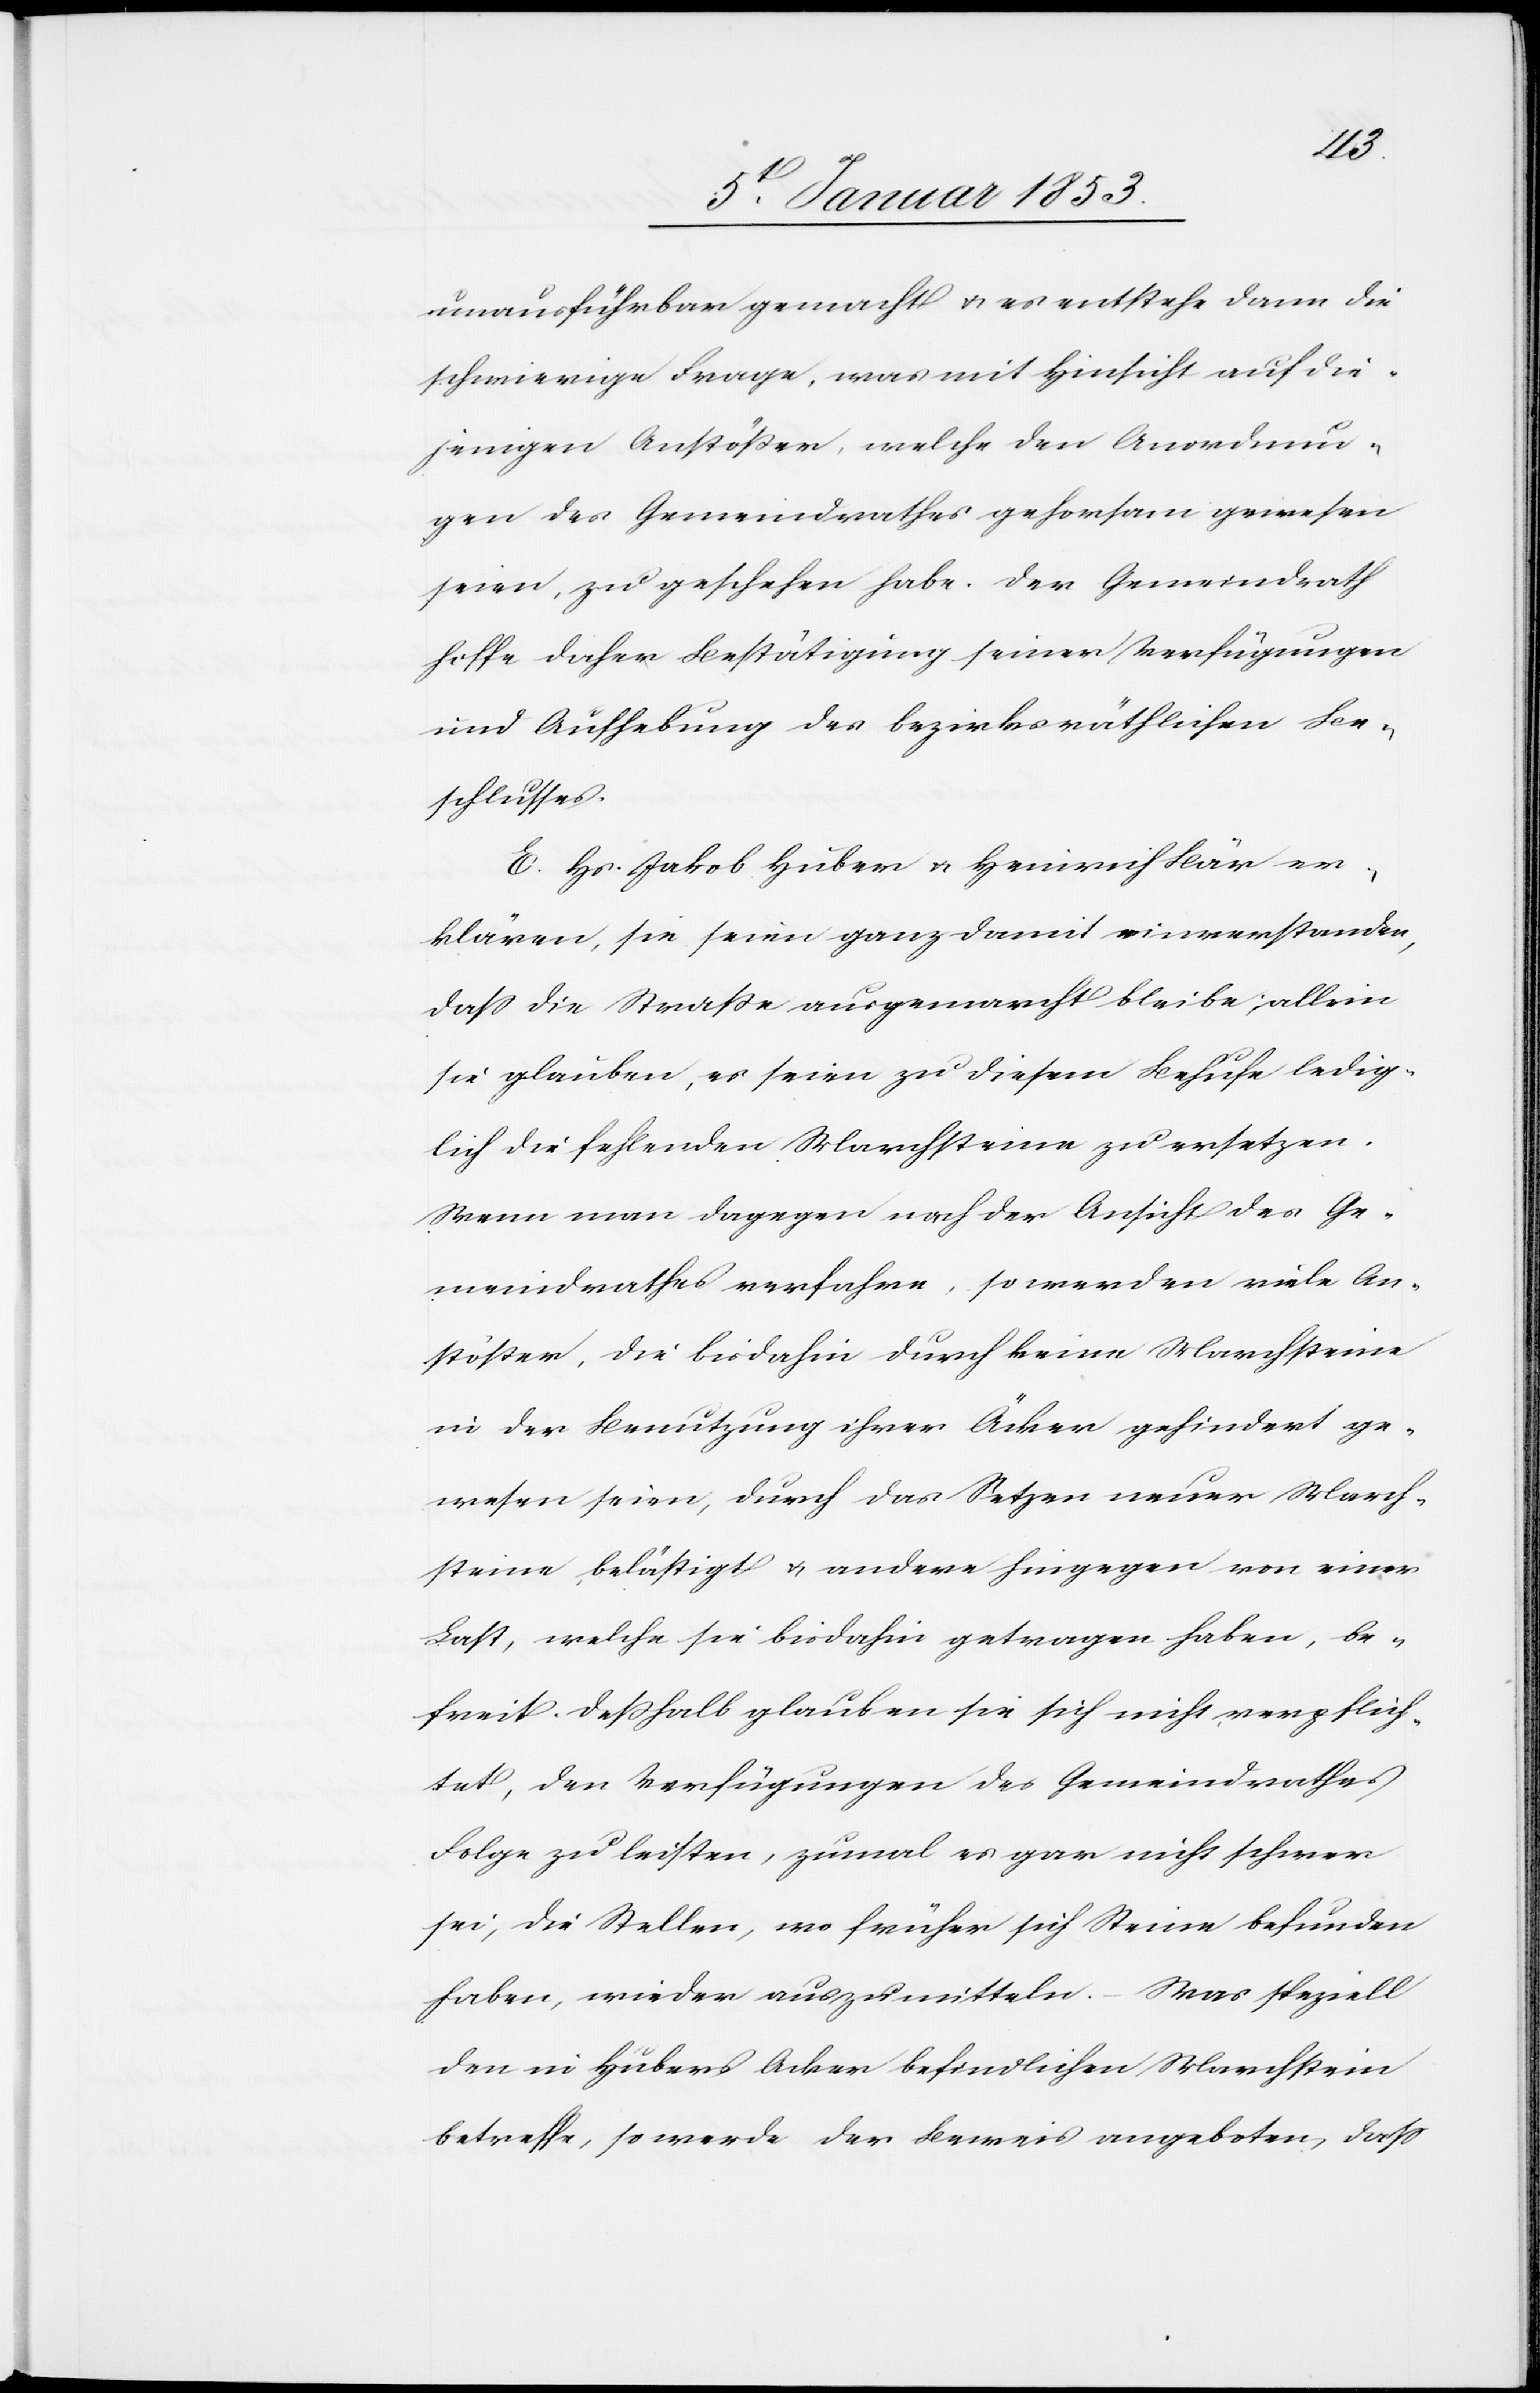
unaufführbar gemacht u. es entstehe dann die
schwierige Frage, was mit Hinsicht auf die¬
jenigen Anstößer, welche den Anordnun¬
gen des Gemeindrathes gehorsam gewesen
seien, zu geschehen habe. Der Gemeindrath
hoffe daher [auf] Bestätigung seiner Verfügungen
und Aufhebung des bezirksräthlichen Be¬
schlusses.
E. Hr. Jakob Huber u. Heinrich Bär er¬
klären, sie seien ganz damit einverstanden,
daß die Straße ausgemarcht bleibe, allein
sie glauben, es seien zu diesem Behufe ledig¬
lich die fehlenden Marchsteine zu ersetzen.
Wenn man dagegen nach der Ansicht des Ge¬
meindrathes verfahre, so werden viele An¬
stößer, die bisdahin durch keine Marchsteine
in der Benutzung ihrer Äcker gehindert ge¬
wesen seien, durch das Setzen neuer March¬
steine, belästigt u. andere hingegen von einer
Last, welche sie bisdahin getragen haben, be¬
freit. Deßhalb glauben sie sich nicht verpflich¬
tet, den Verfügungen des Gemeindrathes
Folge zu leisten, zumal es gar nicht schwer
sei, die Stellen, wo früher sich Steine befunden
haben, wieder auszumitteln. Was speziell
den in Hubers Acker befindlichen Marchstein
betreffe, so werde der Beweis angeboten, daß